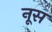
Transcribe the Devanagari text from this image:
नूस